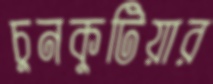
চুনকুটিয়ার